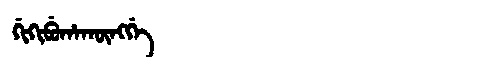
Manchu: ᡤᡳᡴᡳᠪᡠᡥᠠᡴᡡᠩᡤᡝ
Romanization: GIKIBUHAKŪNGGE